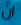
ان